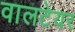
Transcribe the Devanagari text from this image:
वालटेयर